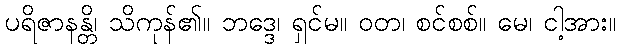
ပရိဇာနန္တိ၊ သိကုန်၏။ ဘဒ္ဒေ၊ ရှင်မ။ ဝတ၊ စင်စစ်။ မေ၊ ငါ့အား။